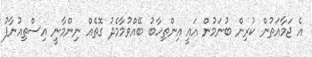
އެ ޖަމާއަތުން ކުރިން ބުނަމުން އައީ އިންތިހާބު ބޭއްވުމާމެދު ގޮތެއް ނިންމާނީ އިސްތިއުނާފު